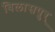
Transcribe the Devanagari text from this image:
बिलासपुर्